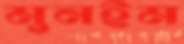
মুনইম